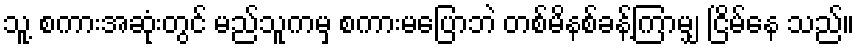
သူ့ စကားအဆုံးတွင် မည်သူကမှ စကားမပြောဘဲ တစ်မိနစ်ခန့်ကြာမျှ ငြိမ်နေ သည်။